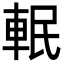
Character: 䡑